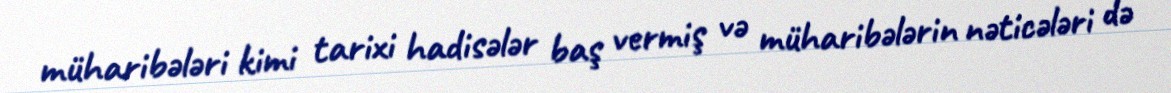
müharibələri kimi tarixi hadisələr baş vermiş və müharibələrin nəticələri də